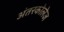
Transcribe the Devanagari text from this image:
अंतरकोलेज